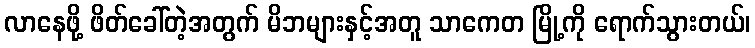
လာနေဖို့ ဖိတ်ခေါ်တဲ့အတွက် မိဘများနှင့်အတူ သာကေတ မြို့ကို ရောက်သွားတယ်၊